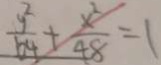
\frac { y ^ { 2 } } { 6 4 } + \frac { x ^ { 2 } } { 4 8 } = 1